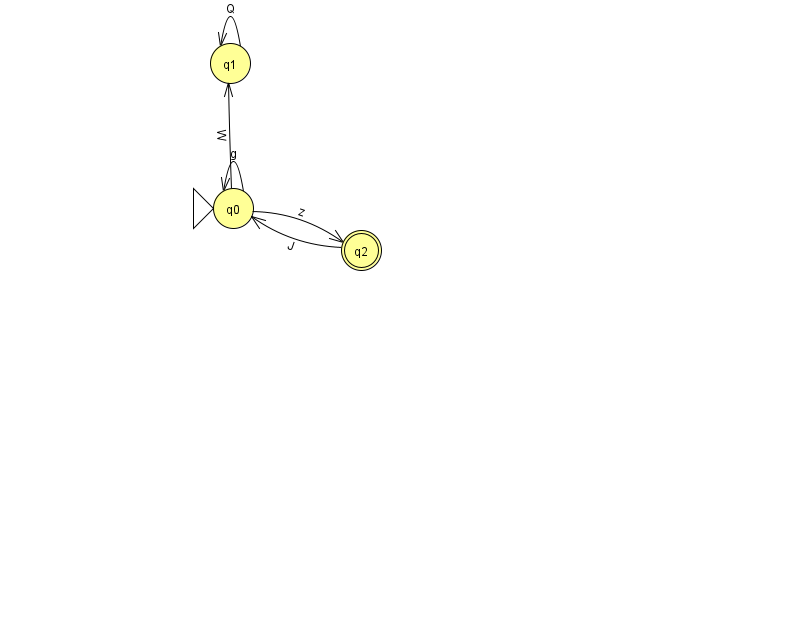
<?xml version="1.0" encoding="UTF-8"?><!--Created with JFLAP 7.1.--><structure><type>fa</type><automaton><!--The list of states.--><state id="0" name="q0"><x>233.0</x><y>195.0</y><initial/></state><state id="1" name="q1"><x>230.0</x><y>50.0</y></state><state id="2" name="q2"><x>361.0</x><y>237.0</y><final/></state><!--The list of transitions.--><transition><from>1</from><to>1</to><read>Q</read></transition><transition><from>0</from><to>1</to><read>W</read></transition><transition><from>0</from><to>0</to><read>g</read></transition><transition><from>0</from><to>2</to><read>z</read></transition><transition><from>2</from><to>0</to><read>J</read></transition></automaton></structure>